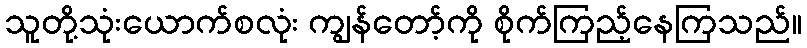
သူတို့သုံးယောက်စလုံး ကျွန်တော့်ကို စိုက်ကြည့်နေကြသည်။